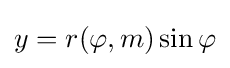
y=r(\varphi ,m)\sin \varphi